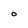
Character: 0